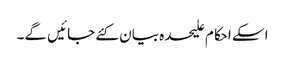
اسکے احکام علیحدہ بیان کئے جائیں گے۔